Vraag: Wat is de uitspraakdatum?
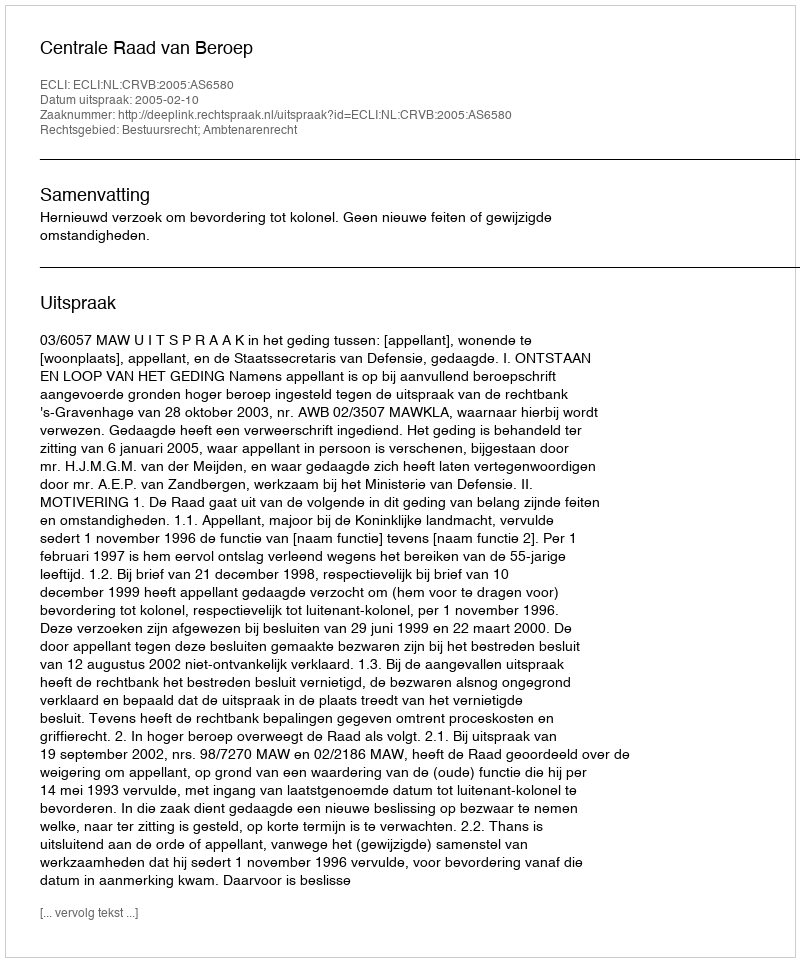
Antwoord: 2005-02-10